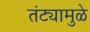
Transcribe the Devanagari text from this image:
तंट्यामुळे